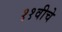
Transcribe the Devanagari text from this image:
११वीचे